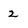
Character: 2